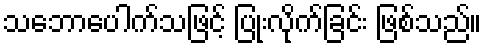
သဘောပေါက်သဖြင့် ပြုံးလိုက်ခြင်း ဖြစ်သည်။